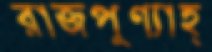
রাজপুণ্যাহ্